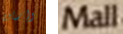
وارين Mall